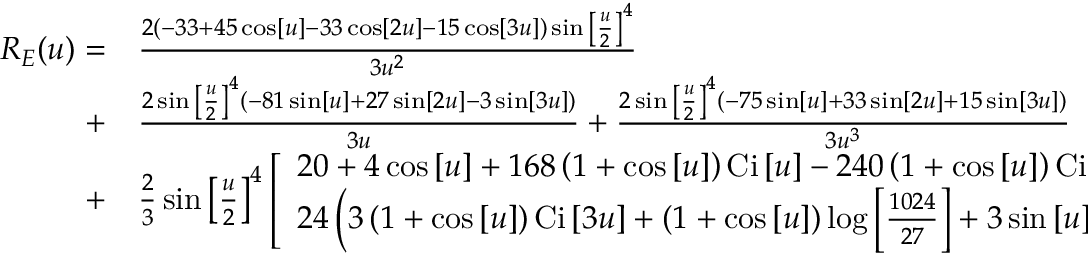
\begin{array} { r l } { { R _ { E } } ( u ) = } & { { } \frac { { 2 \left( { - 3 3 + 4 5 \cos \left[ u \right] - 3 3 \cos \left[ { 2 u } \right] - 1 5 \cos \left[ { 3 u } \right] } \right) \sin { { \left[ { \frac { u } { 2 } } \right] } ^ { 4 } } } } { { 3 { u ^ { 2 } } } } } \\ { + } & { { } \frac { { 2 \sin { { \left[ { \frac { u } { 2 } } \right] } ^ { 4 } } \left( { - 8 1 \sin \left[ u \right] + 2 7 \sin \left[ { 2 u } \right] - 3 \sin \left[ { 3 u } \right] } \right) } } { { 3 u } } + \frac { { 2 \sin { { \left[ { \frac { u } { 2 } } \right] } ^ { 4 } } \left( { - 7 5 \sin \left[ u \right] + 3 3 \sin \left[ { 2 u } \right] + 1 5 \sin \left[ { 3 u } \right] } \right) } } { { 3 { u ^ { 3 } } } } } \\ { + } & { { } \frac { 2 } { 3 } \sin { \left[ { \frac { u } { 2 } } \right] ^ { 4 } } \left[ \begin{array} { l } { 2 0 + 4 \cos \left[ u \right] + 1 6 8 \left( { 1 + \cos \left[ u \right] } \right) \mathrm { { C i } } \left[ u \right] - 2 4 0 \left( { 1 + \cos \left[ u \right] } \right) \mathrm { { C i } } \left[ { 2 u } \right] + } \\ { 2 4 \left( { 3 \left( { 1 + \cos \left[ u \right] } \right) \mathrm { { C i } } \left[ { 3 u } \right] + \left( { 1 + \cos \left[ u \right] } \right) \log \left[ { \frac { { 1 0 2 4 } } { { 2 7 } } } \right] + 3 \sin \left[ u \right] \left( { \mathrm { { S i } } \left[ u \right] - 2 \mathrm { { S i } } \left[ { 2 u } \right] + \mathrm { { S i } } \left[ { 3 u } \right] } \right) } \right) } \end{array} \right] . } \end{array}